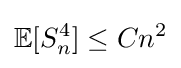
{\mathbb {E} }[S_{n}^{4}]\leq Cn^{2}